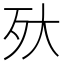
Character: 𣧂